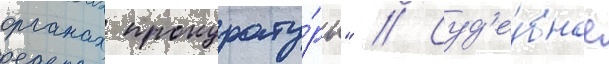
органах прокурату́ры" // Суд'е́бное